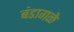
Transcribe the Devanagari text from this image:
बंडागळे